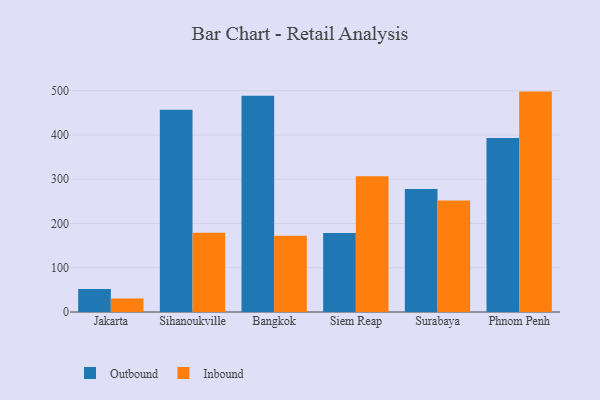
{"axis": {"x": "City", "y": "Shipments"}, "legend": ["Inbound", "Outbound"], "data": [{"x": "Jakarta", "y": 51.8, "type": "Outbound"}, {"x": "Jakarta", "y": 30.7, "type": "Inbound"}, {"x": "Sihanoukville", "y": 457.3, "type": "Outbound"}, {"x": "Sihanoukville", "y": 179.2, "type": "Inbound"}, {"x": "Bangkok", "y": 488.9, "type": "Outbound"}, {"x": "Bangkok", "y": 172.3, "type": "Inbound"}, {"x": "Siem Reap", "y": 178.6, "type": "Outbound"}, {"x": "Siem Reap", "y": 306.8, "type": "Inbound"}, {"x": "Surabaya", "y": 278.2, "type": "Outbound"}, {"x": "Surabaya", "y": 251.9, "type": "Inbound"}, {"x": "Phnom Penh", "y": 393.4, "type": "Outbound"}, {"x": "Phnom Penh", "y": 498.1, "type": "Inbound"}]}